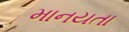
માનયતા